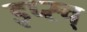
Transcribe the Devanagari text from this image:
इप्स्च्